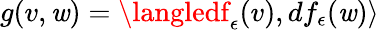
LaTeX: g(v,\mathit{w})=\langledf_{\epsilon}(v),df_{\epsilon}(\mathit{w})\rangle